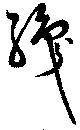
織